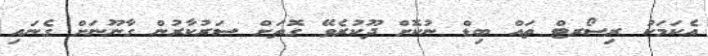
އެކަމަކު ރިސޯރޓް ތައް ބިޑް ނުކޮށް ދޫކުރެވޭ ގޮތަށް ސަރުކާރުން ގާނޫނަށް ގެނައި